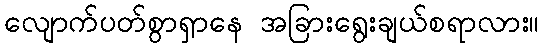
လျောက်ပတ်စွာရှာနေ အခြားရွေးချယ်စရာလား။